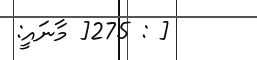
[ : 275[ މާނައީ: